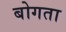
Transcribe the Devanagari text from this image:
बोगता